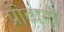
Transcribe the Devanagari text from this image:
प्रोटानो